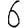
Digit: 6